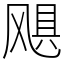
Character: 飓